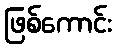
ဖြစ်ကောင်း